Calcutta medical institutions reports 1871-78
Year: 1871
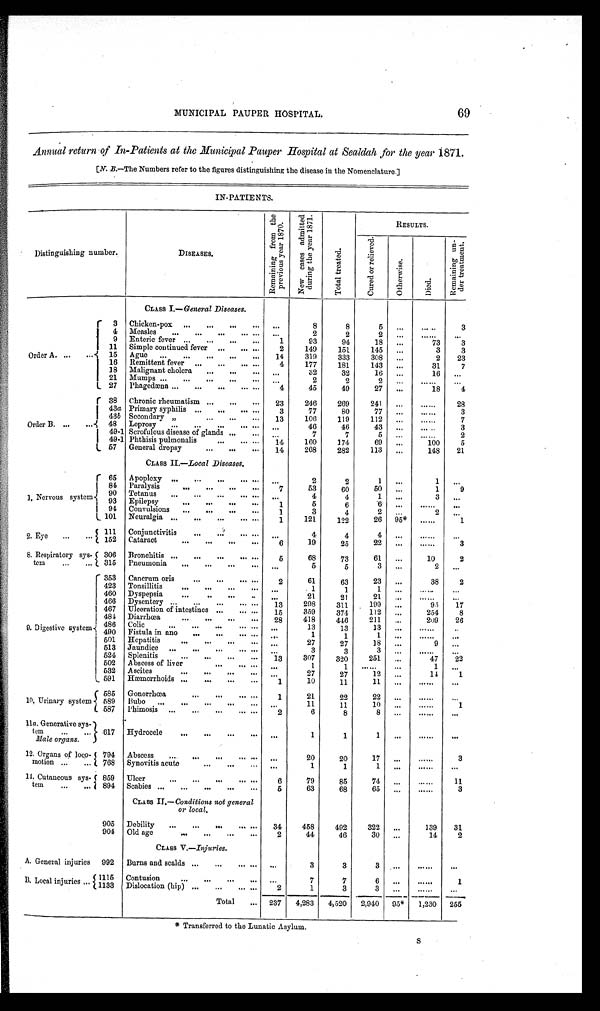
* Transferred to the Lunatic Asylum.
S
MUNICIPAL PAUPER HOSPITAL.
Annual return of In-Patients at the Municipal Pauper Hospital at Sealdah for the year 1871.
[N. B.—The Numbers refer to the figures distinguishing the disease in the Nomenclature.]
IN- PATIE NTS.
Distinguishing number.
DISEASES.
R e m a i n i n g f r o m t h e
p r e v i o u s y e a r 1 8 7 0 .
N e w c a s e s a d m i t t e d
d u r i n g t h e y e a r 1 8 7 1 .
T o t a l t r e a t e d .
RESULTS.
C u r e d o r r e l i e v e d .
O t h e r w i s e .
D i e d .
R e m a i n i n g u n d e r t r e a t m e n t .
CLASS I.—General Diseases.
Order A. ...
...
3 Chicken-pox ...
...
... ... ...
8
8
5
...
. . . . .
3
4
M e a s l e s
. . .
. . .
... ...
...
. . .
2
2
2
...
. . . . . .
. . .
9 Enteric fever ... ... ... ...
1
93
94
18
...
73
3
11 Simple continued fever ... ... ...
2
149
151
145
. . .
3
3
15 Ague ...
...
...
... ...
14
319
333
308
...
2
23
16 Remittent fever ... ... ... ...
4 177
181
143
...
31
7
18 Malignant cholera
... ... ...
. . .
32
32
16
...
16
...
21 Mumps ... ... ... ... ...
...
2
2
2 ...
. . . . . .
. . .
27 Phagedæna ...
.
.. ... ... ...
4
45
49
27
...
18
4
Order B. ...
...
38 Chronic rheumatism ...
...
...
23
246
269
241
. . .
... ...
28
43a PaPrimary syphilis ...
...
... ...
3
77
80
7 7 ...
. . . . . .
3
4 3
b
Secondary ,, ...
...
...
1 3 106
119
112
...
...
...
7
48 Leprosy
...
...
...
... ... . . .
46
46
43
...
. . . . . .
3
4 9 - 1 Scrofulous disease of glands
... ...
. . .
7
7
5
. . .
. . . . . .
2
4 9 - 1 Phthisis pulmonalis
... ... ...
14
160
174
69
...
100
5
57 General dropsy
... ... ...
1 4 268
282
113
...
148
21
CLASS II.—Local Diseases.
. . .
1. Nervous system
65 Apoplexy
...
... ...
...
...
...
2
2
1
...
1
...
84 Paralysis
...
...
...
...
7
53
60
50
...
1
9
9 0 Tetanus
...
...
...
... ...
4
4
1
. . .
3
. . .
..
.
93 Epilepsy
...
...
...
...
5
6
6
...
. . . . . .
. . .
1
94 Convulsions ...
...
...
...
3
4.
2
...
2
. . .
1
1 0 1 1 0 1
Neuralgia
...
...
...
... ...
1
121
122
26 ‫٭59‬
. . . . . .
1
2. Eye ...
...
111 Conjunctivitis
...
...
...
...
. . .
4
4
4 ...
. . . . . .
. . .
1 5 2 Cataract
...
...
...
...
6
19
25
2 2 ...
. . . . . .
3
8. Respiratory sys-
tem
...
...
306 Bronchitis
...
...
...
... ...
5
68
73
61
...
10
2
315 Pneumonia
...
...
...
...
5
5
3
...
2
. . .
.. .
9. Digestive system
353 Cancrum oris
...
...
...
...
2
61
63
23
...
38
2
4 2 3
T o n s i l l i t i s
. . .
. . .
. . .
. . .
1
1
1 ...
. . . . . .
. . .
. . .
460 Dyspepsia
...
..
...
..
21
21
21 ...
. . . . . .
. . . . . . . .
...
466 Dysentery ...
...
...
... ...
13
298
311
199
. . .
95
17
467 Ulceration of intestines ...
... ...
359
374
112
...
254
8
15
484
Diarrhœa
...
...
...
...
418
446
211
...
209
26
2 8
486
Colic
...
... ... ... ...
13
13
1 3 ...
. . . . . .
. .
. . .
4 9 0
Fistula in ano ... ... ...
...
1
1
1
...
. . . . . .
. . .
...
5 0 1
Hepatitis ...
... ... ...
27
27
18
...
9
...
...
513 Jaundice
... ... ... ...
... ...
3
3
3
... ... ... ...
524
Splenitis
...
... ... ...
13
307
320
251
...
47
22
502 Abscess of liver
...
... ... ...
1
1
... ... ...
1
...
532 Ascites
...
... ... ...
27
27
12
...
14
1
...
Hæmorrhoids... ...
...
...
591
1
10
11
11
... ... ...
. . .
10. Urinary system
585 Gonorrhœa
...
... ... ...
1
21
22
22
... ... ...
. . .
1
589 Bubo
... ... ... ... ... ...
11
1 1
1 0
...
. . . . . .
587 Phimosis
... ... ... ... ...
2
6
8
8
...
... ...
. . .
11a Generative sys-
tem
...
...
Male organs.
617 Hydrocele
...
... ... ...
. . .
1
1
1
...
. . . . . .
. . .
12. Organs of loco-
motion ...
...
794 Abscess
... ... ... ...
...
...
20
20
1 7
...
. . . . . .
3
768 Synovitis acute
...
...
...
...
1
1
1
...
. . . . . .
. . .
14. Cutaneous sys-
tem
859 Ulcer
...
... ... ... ...
6
79
85
74
...
. . . . . .
11
894 Scabies
...
... ... ... ...
5
63
68
65
. . .
. . . . . .
3
CLASS II.—Conditions not general
or local.
905 Debility
... ... ... ... ... 34
458
492
322
...
139
31
Old age ... ... ... ...
2
44
46
30
. . .
14
2
904
CLASS V.—Injuries.
...
A. General injuries 992 Burns and scalds ...
...
... ...
. . . . . .
3
3
3 ...
. . . . . .
. . .
B. Local injuries ...
1 1 1 5
Contusion
... ... ... ...
. . .
7
7
6 ...
. . . . . .
1
1133
Dislocation(hip)
... ... ... ...
2
1
3
3 ...
. . . . . .
. . .
Total
...
237
4,283
4,520
2,940
95* 1,230 255